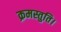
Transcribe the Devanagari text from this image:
क्रमस्तुति।